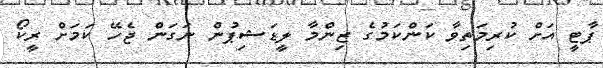
ޕާޓީ އަށް ކުރިމަތިވާ ކަންކަމުގެ ޒިންމާ ލީޑަޝިޕުން ނަގަން ޖެހޭ ކަމަށް ރީކޯ